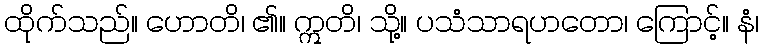
ထိုက်သည်။ ဟောတိ၊ ၏။ ဣတိ၊ သို့။ ပသံသာရဟတော၊ ကြောင့်။ နံ၊